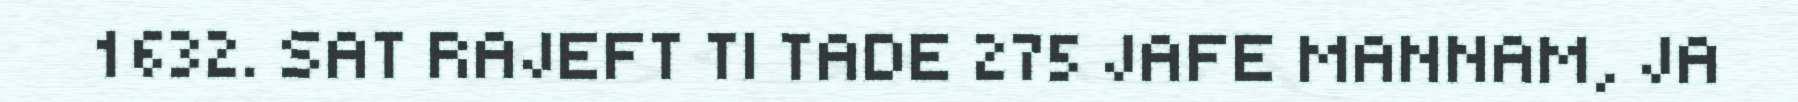
1632. SAT RAJEFT TI TADE 275 JAFE MANNAM, JA